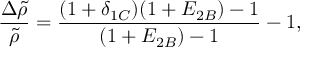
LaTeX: \frac { \Delta \tilde { \rho } } { \tilde { \rho } } = \frac { ( 1 + \delta _ { 1 C } ) ( 1 + E _ { 2 B } ) - 1 } { ( 1 + E _ { 2 B } ) - 1 } - 1 ,